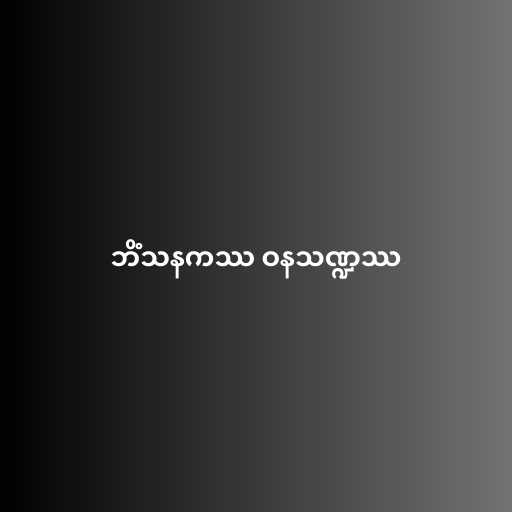
ဘိံသနကဿ ဝနသဏ္ဍဿ